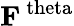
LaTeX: \mathbf{F}^{\mathrm{\ theta}}